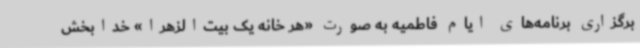
برگزاری برنامه‌های ایام فاطمیه به صورت «هر خانه یک بیت‌الزهرا» خدابخش